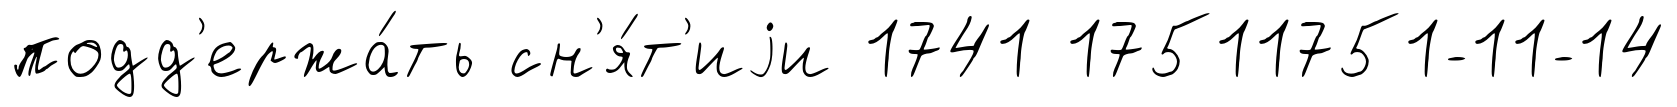
подд'ержа́ть сн'я́т'иjи 1741 17511751-11-14